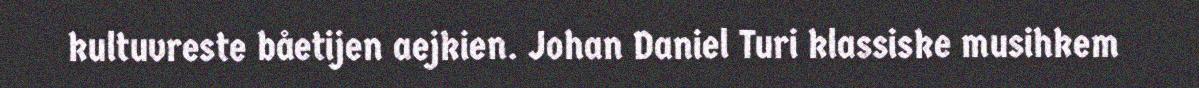
kultuvreste båetijen aejkien. Johan Daniel Turi klassiske musihkem